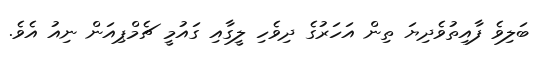
ބަލިވެ ފާއިތުވެދިޔަ ތިން އަހަރުގެ ދިވެހި ލީގާއި ގައުމީ ޗެމްޕިއަން ނިއު އެވެ.